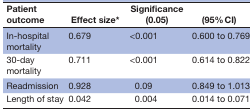
| Patient outcome | Effect size* | Significance (0.05) | (95% CI) |
 | --- | --- | --- | --- |
 | In-hospital mortality | 0.679 | <0.001 | 0.600 to 0.769 |
 | 30-day mortality | 0.711 | <0.001 | 0.614 to 0.822 |
 | Readmission | 0.928 | 0.09 | 0.849 to 1.013 |
 | Length of stay | 0.042 | 0.004 | 0.014 to 0.071 |